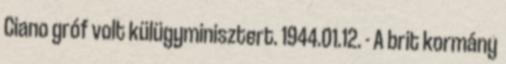
Ciano gróf volt külügyminisztert. 1944.01.12. - A brit kormány